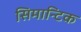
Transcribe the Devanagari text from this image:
सिमान्टिक